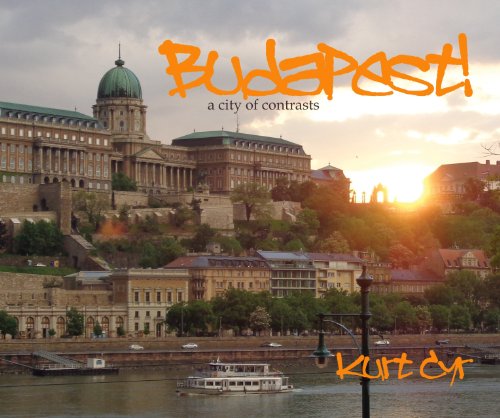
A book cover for Budapest!; Kurt Cyr; Travel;